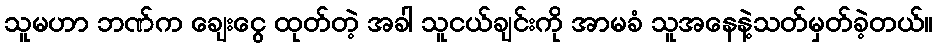
သူမဟာ ဘဏ်က ချေးငွေ ထုတ်တဲ့ အခါ သူငယ်ချင်းကို အာမခံ သူအနေနဲ့သတ်မှတ်ခဲ့တယ်။